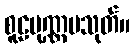
စူဠပုဏ္ဏမသုတ်။